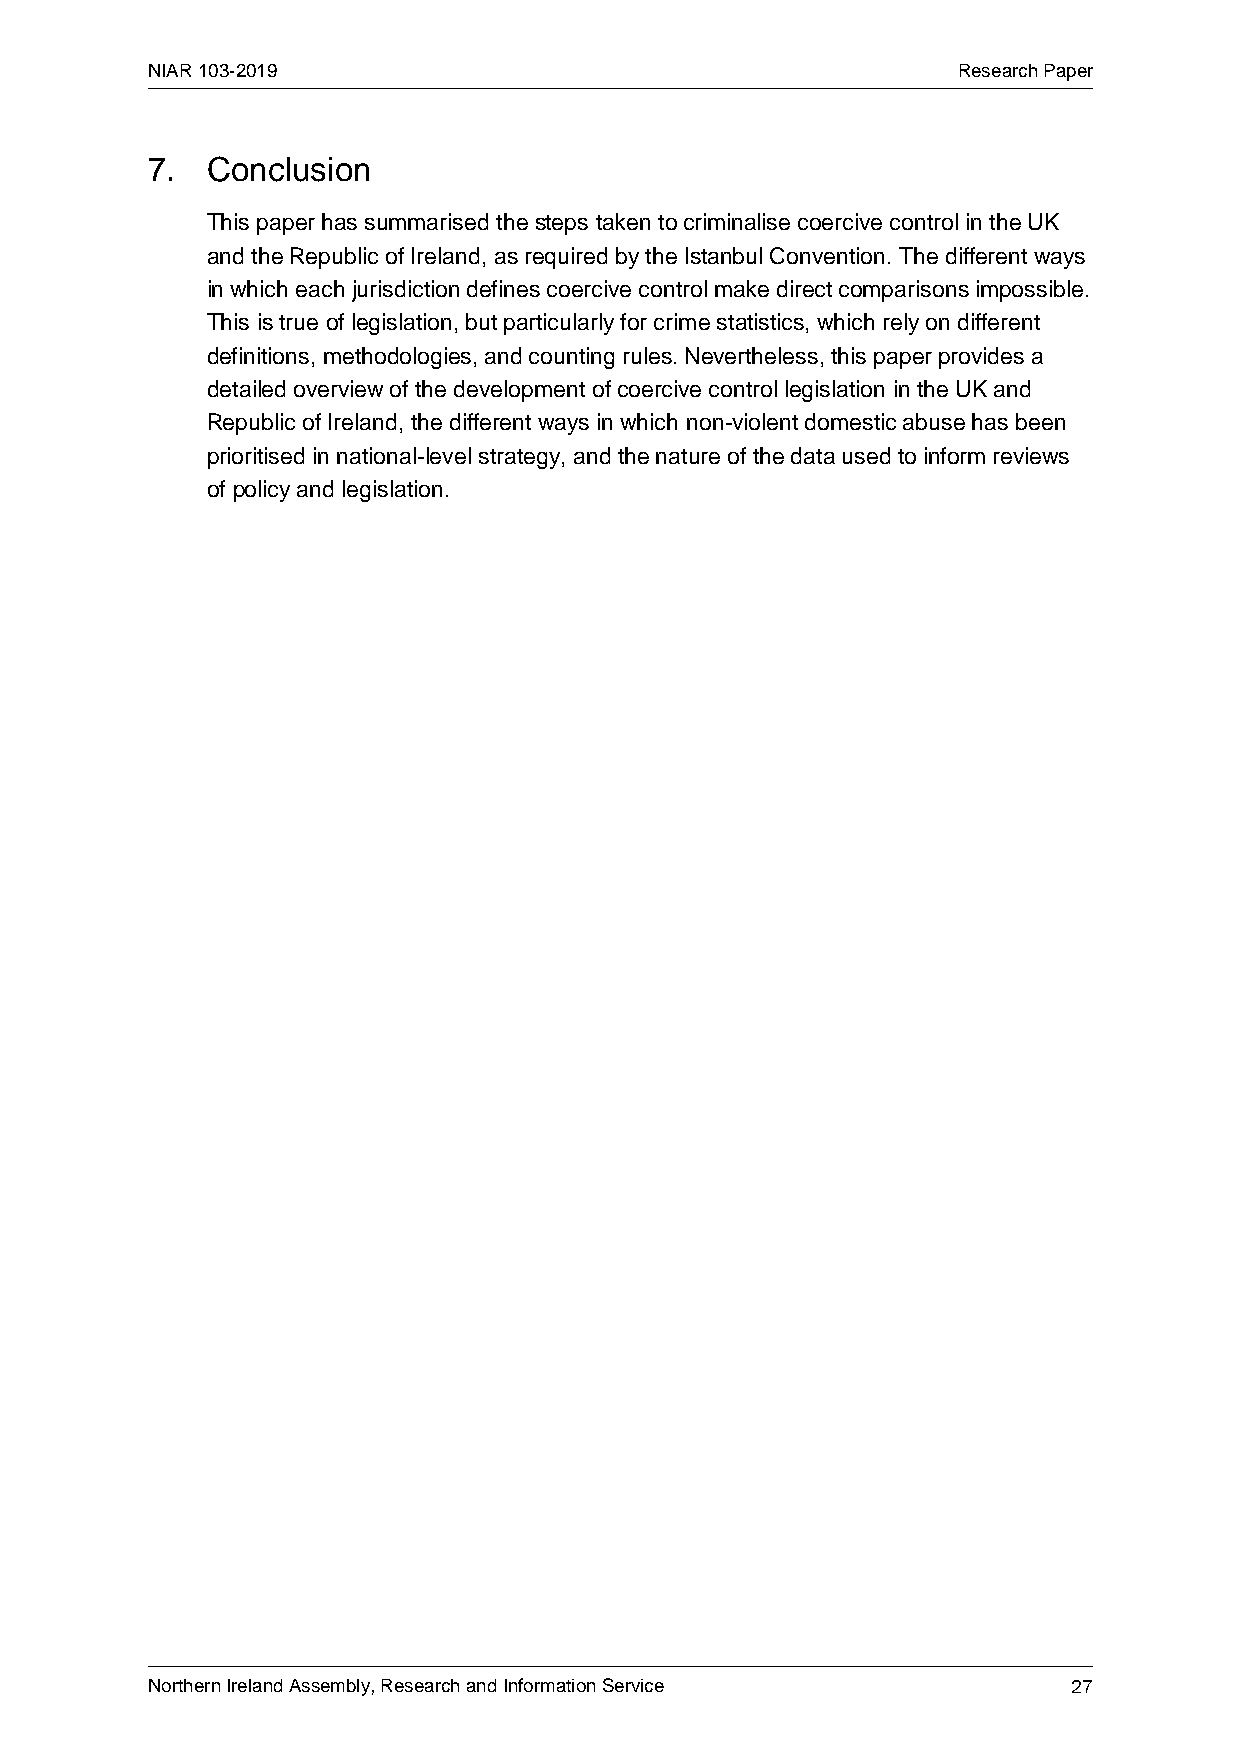
NIAR 103-2019                                        Research Paper
 7.  Conclusion
 This paper has summarised the steps taken to criminalise coercive control in the UK
 and the Republic of Ireland, as required by the Istanbul Convention. The different ways
 in which each jurisdiction defines coercive control make direct comparisons impossible.
 This is true of legislation, but particularly for crime statistics, which rely on different
 definitions, methodologies, and counting rules. Nevertheless, this paper provides a
 detailed overview of the development of coercive control legislation in the UK and
 Republic of Ireland, the different ways in which non-violent domestic abuse has been
 prioritised in national-level strategy, and the nature of the data used to inform reviews
 of policy and legislation.
 Northern Ireland Assembly, Research and Information Service  27